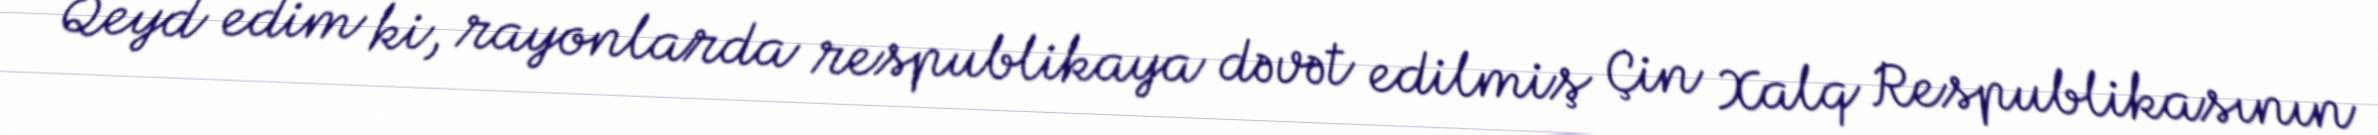
Qeyd edim ki, rayonlarda respublikaya dəvət edilmiş Çin Xalq Respublikasının